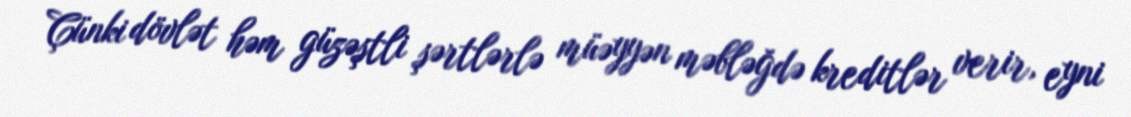
Çünki dövlət həm güzəştli şərtlərlə müəyyən məbləğdə kreditlər verir, eyni